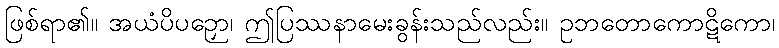
ဖြစ်ရာ၏။ အယံပိပဉှော၊ ဤပြဿနာမေးခွန်းသည်လည်း။ ဥဘတောကောဋိကော၊